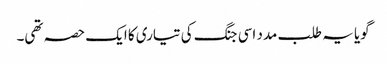
گویا یہ طلب مدد اسی جنگ کی تیاری کا ایک حصہ تھی۔